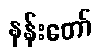
နန်းတော်